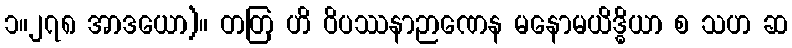
၁။၂၇၈ အာဒယော)။ တတြ ဟိ ဝိပဿနာဉာဏေန မနောမယိဒ္ဓိယာ စ သဟ ဆ